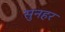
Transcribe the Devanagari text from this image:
सुनहर